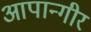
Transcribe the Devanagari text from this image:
आपान्गीर